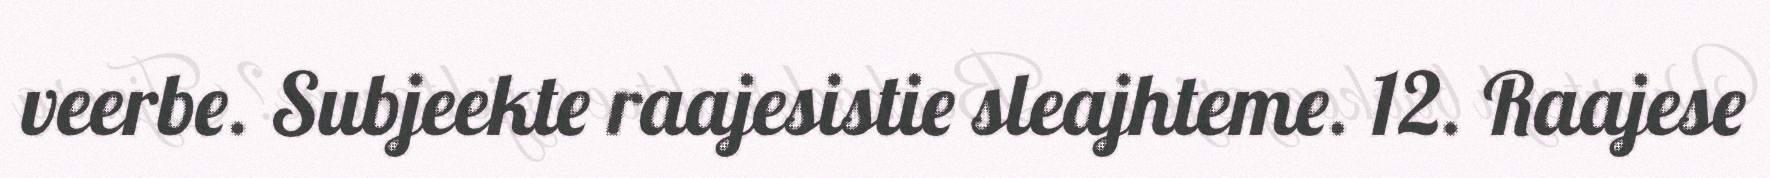
veerbe. Subjeekte raajesistie sleajhteme. 12. Raajese